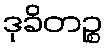
ဒုခိတဉ္စ